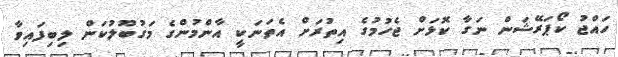
ހައްޖު ކޯޕަރޭޝަން ނަގާ ކޮޅަށް ޖެހުމުގެ އިތުރަށް އެތަނަކީ އާންމުންގެ މަގުބޫލުކަން ލިބިފައިވާ